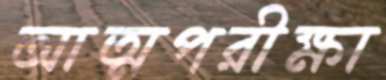
আত্মপরীক্ষা